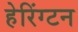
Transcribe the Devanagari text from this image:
हेरिंग्टन